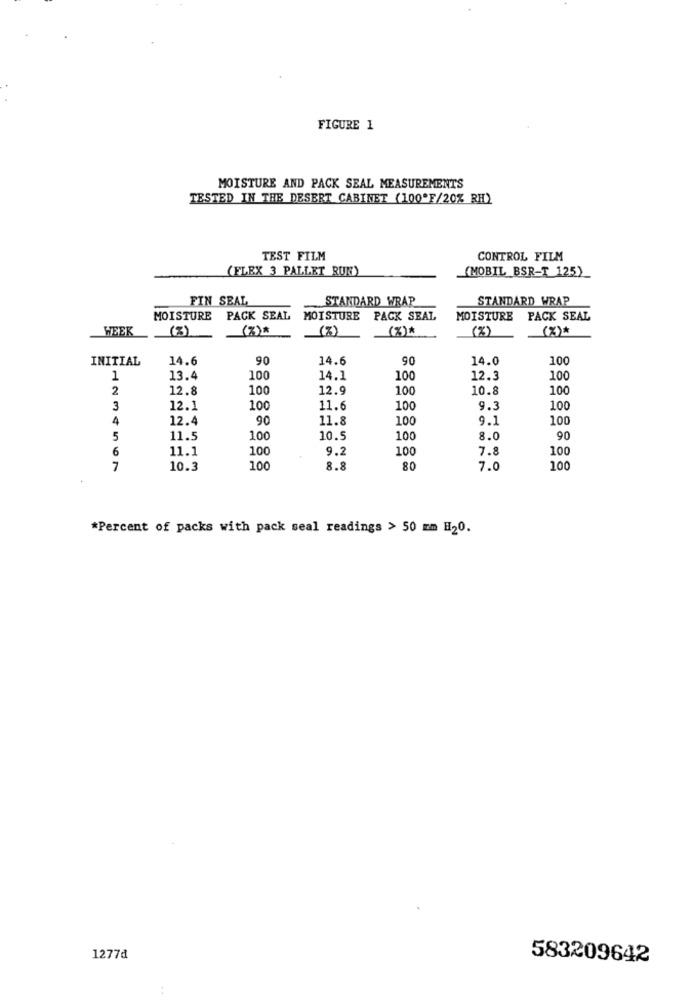
FIGURE 1
MOISTURE AND PACK SEAL MEASUREMENTS
TESTED IN THE DESERT CABINET (100*F/20% RH)
TEST FILM
CONTROL FILM
(FLEX 3 PALLET RUN)
(MOBIL BSR-T 125)
FIN SEAL
STANDARD WRAP
STANDARD WRAP
MOISTURE
PACK SEAL
MOISTURE PACK SEAL
MOISTURE PACK SEAL
WEEK
(3)
(%)
(7)
(%)*
( % )
(%)*
INITIAL
14.6
90
14.6
90
14.0
100
1
13.4
100
14.1
100
12.3
100
2
12.8
100
12.9
100
10.8
100
3
12.1
100
11.6
100
9.3
100
4
12.4
90
11.8
100
9.1
100
5
11.5
100
10.5
100
8.0
90
6
11.1
100
9.2
100
7.
100
7
10.3
100
8.8
80
7.0
100
*Percent of packs with pack seal readings > 50 mm H20.
1277₫
583209642